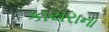
કાયરાના